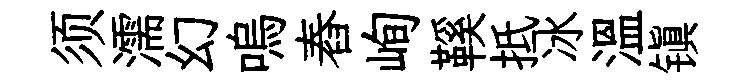
须濡幻嗚舂峋鞵抵冰温镇